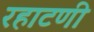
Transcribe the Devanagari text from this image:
रहाटणी